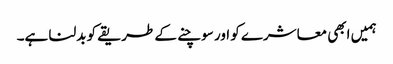
ہمیں ابھی معاشرے کو اور سوچنے کے طریقے کو بدلنا ہے۔